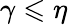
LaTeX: \gamma\leqslant\eta